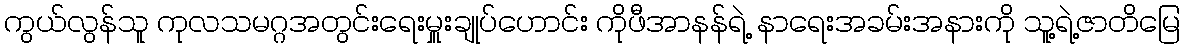
ကွယ်လွန်သူ ကုလသမဂ္ဂအတွင်းရေးမှူးချုပ်ဟောင်း ကိုဖီအာနန်ရဲ့ နာရေးအခမ်းအနားကို သူ့ရဲ့ဇာတိမြေ